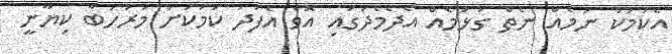
އެކަމަކު ނަމެއް ނެތް ގުޅުމެއް އެދެމެދުގައި އޮވެ އެފަދަ ކަމަކަށް މަރުހަބާ ކިޔާނީ